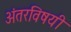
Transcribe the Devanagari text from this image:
अंतरविषयी